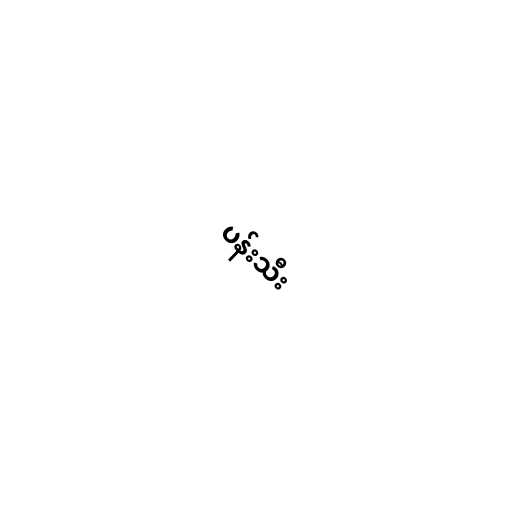
ပန်းသီး